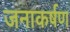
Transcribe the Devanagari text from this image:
जनाकर्षण